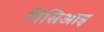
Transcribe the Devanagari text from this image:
पिसिआइ